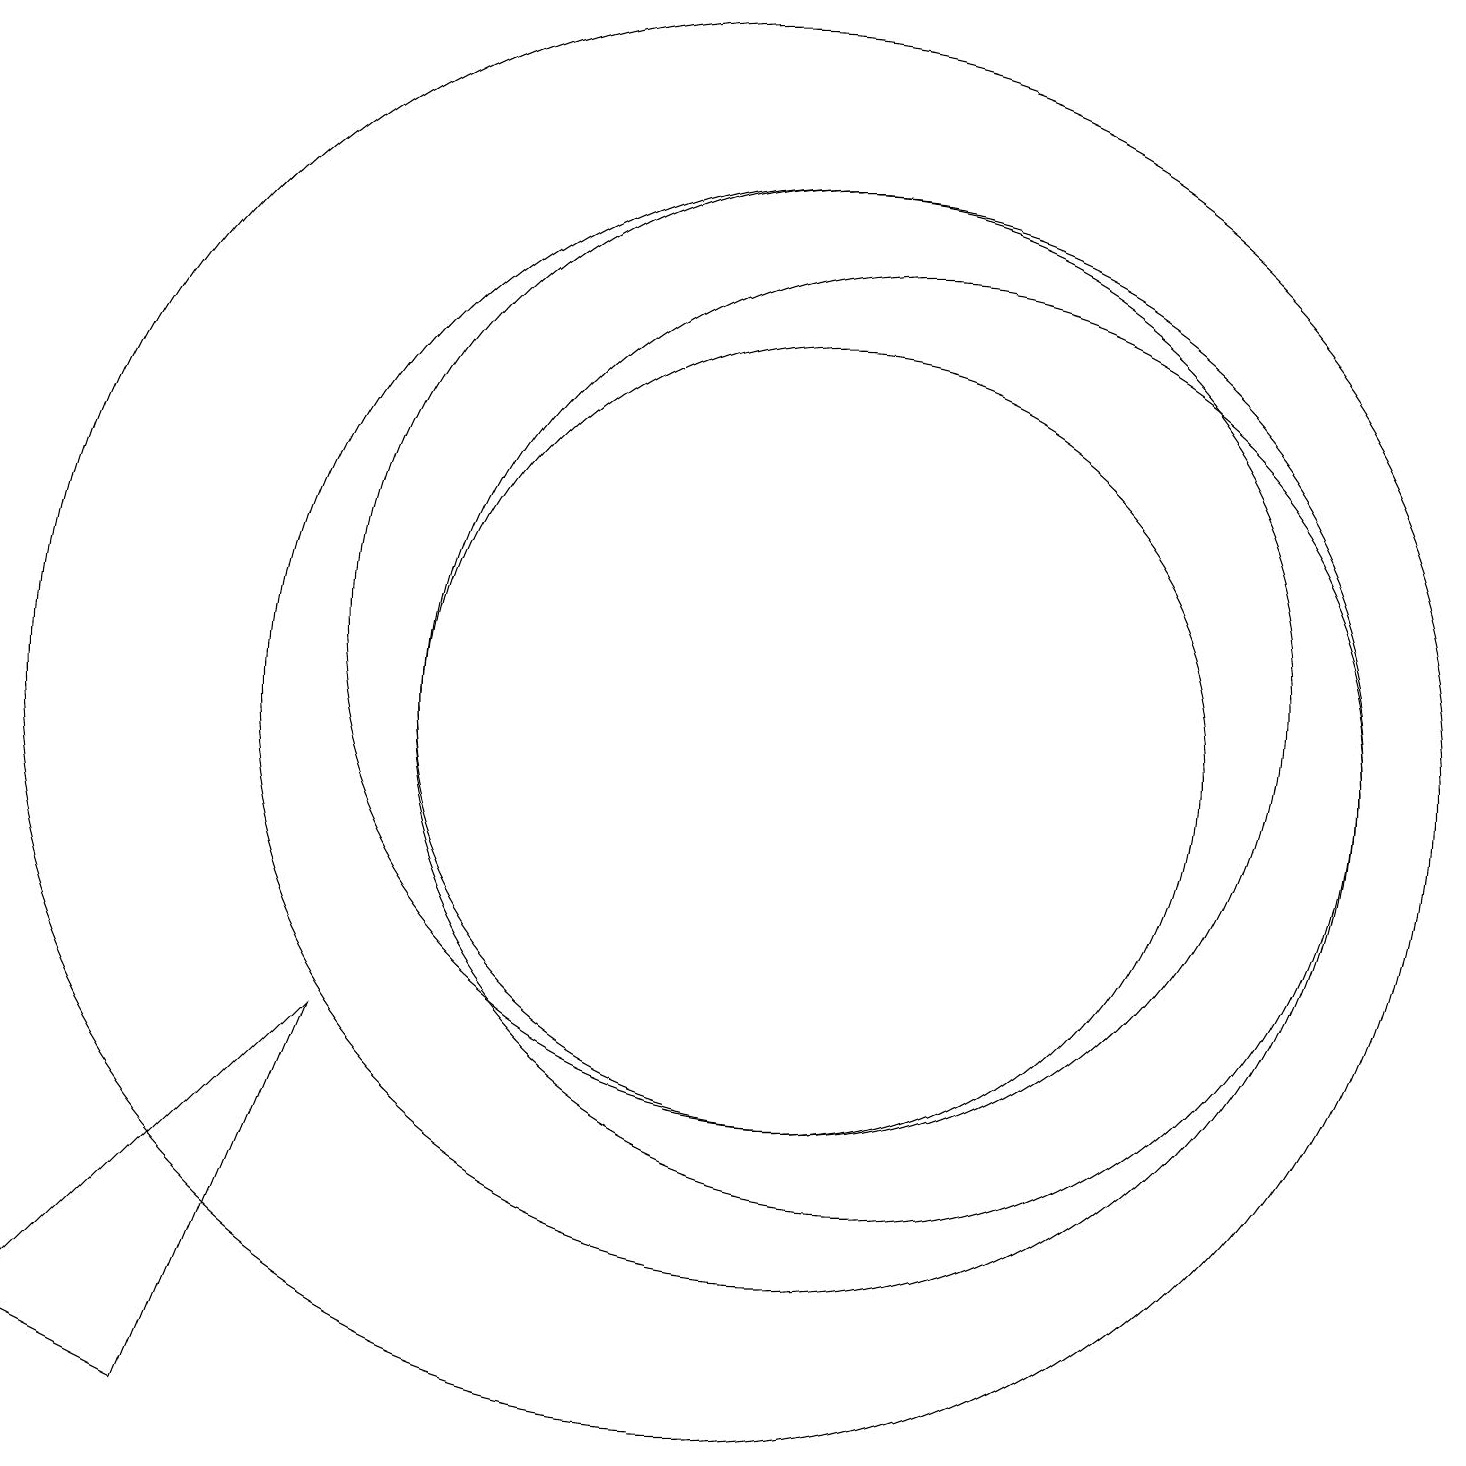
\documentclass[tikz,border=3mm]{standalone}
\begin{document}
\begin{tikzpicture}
\draw (11,11) circle (7);
\draw (3,2) -- (1,3) -- (5,7) -- cycle;
\draw (10,11) circle (9);
\draw (11,11) circle (5);
\draw (11,12) circle (6);
\draw (12,11) circle (6);
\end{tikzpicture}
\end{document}